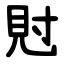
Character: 䙸